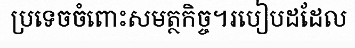
ប្រទេចចំពោះសមត្ថកិច្ច។របៀបដដែល